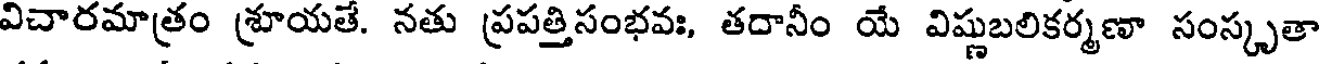
విచారమాత్రం శ్రూయతే. నతు ప్రపత్తిసంభవః, తదానీం యే విష్ణుబలికర్మణా సంస్కృతా